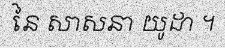
នៃ សាសនា យូដា ។